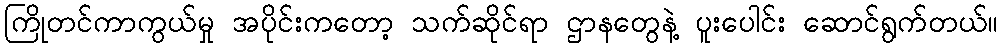
ကြိုတင်ကာကွယ်မှု အပိုင်းကတော့ သက်ဆိုင်ရာ ဌာနတွေနဲ့ ပူးပေါင်း ဆောင်ရွက်တယ်။